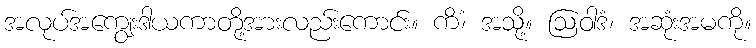
အလုပ်အကျွေးဒါယကာတို့အားလည်းကောင်း။ ကိံ၊ အသို့။ ဩဝါဒံ၊ အဆုံးအမကို။